Senior Leaving Certificate Examination (including Day School Certificate (Higher) General paper), 1948
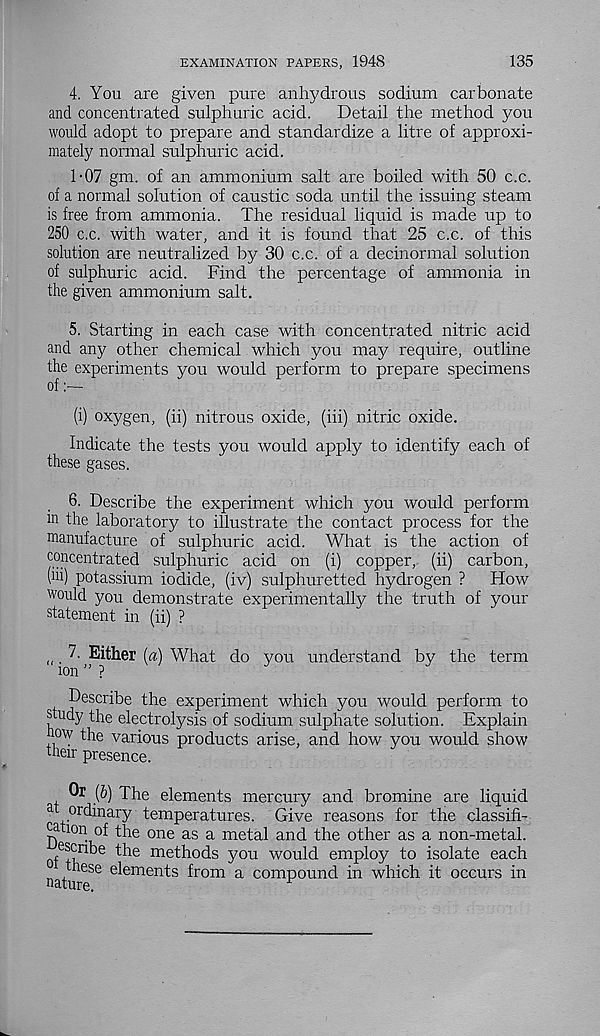
EXAMINATION PAPERS, 1948
135
4. You are given pure anhydrous sodium carbonate
and concentrated sulphuric acid.
Detail the method you
would adopt to prepare and standardize a litre of approxi-
mately normal sulphuric acid.
1-07 gm. of an ammonium salt are boiled with 50 c.c.
of a normal solution of caustic soda until the issuing steam
is free from ammonia. The residual liquid is made up to
250 c.c. with water, and it is found that 25 c.c. of this
solution are neutralized by 30 c.c. of a decinormal solution
of sulphuric acid. Find the percentage of ammonia in
the given ammonium salt.
5. Starting in each case with concentrated nitric acid
and any other chemical which you may require, outline
the experiments you would perform to prepare specimens
of
(i) oxygen, (ii) nitrous oxide, (iii) nitric oxide.
Indicate the tests you would apply to identify each of
these gases.
6. Describe the experiment which you would perform
ln the laboratory to illustrate the contact process for the
manufacture of sulphuric acid. What is the action of
concentrated sulphuric acid on (i) copper, (ii) carbon,
(hi) potassium iodide, (iv) sulphuretted hydrogen ?
How
would you demonstrate experimentally the truth of your
statement in (ii) ?
„. 7- Either [a) What do you understand by the term
ion ” ?
Describe the experiment which you would perform to
study the electrolysis of sodium sulphate solution. Explain
now the various products arise, and how you would show
their presence.
Or (h) The elements mercury and bromine are liquid
a ordinary temperatures. Give reasons for the classifi-
ca ion of the one as a metal and the other as a non-metal.
of e fnbe the methods you would employ to isolate each
n those elements from a compound in which it occurs in